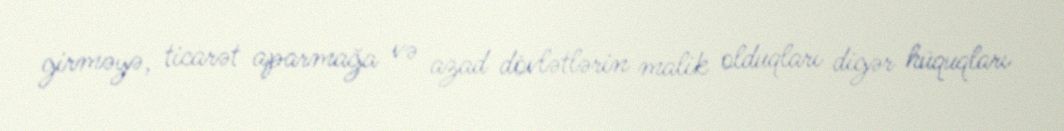
girməyə, ticarət aparmağa və azad dövlətlərin malik olduqları digər hüquqları